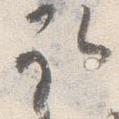
取